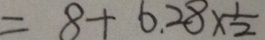
= 8 + 6 . 2 8 \times \frac { 1 } { 2 }